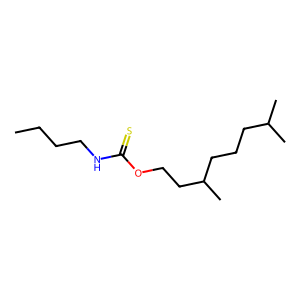
SMILES: CCCCNC(=S)OCCC(C)CCCC(C)C
Inhibits HIV replication: No